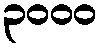
၃၀၀၀